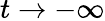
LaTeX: t\rightarrow-\infty